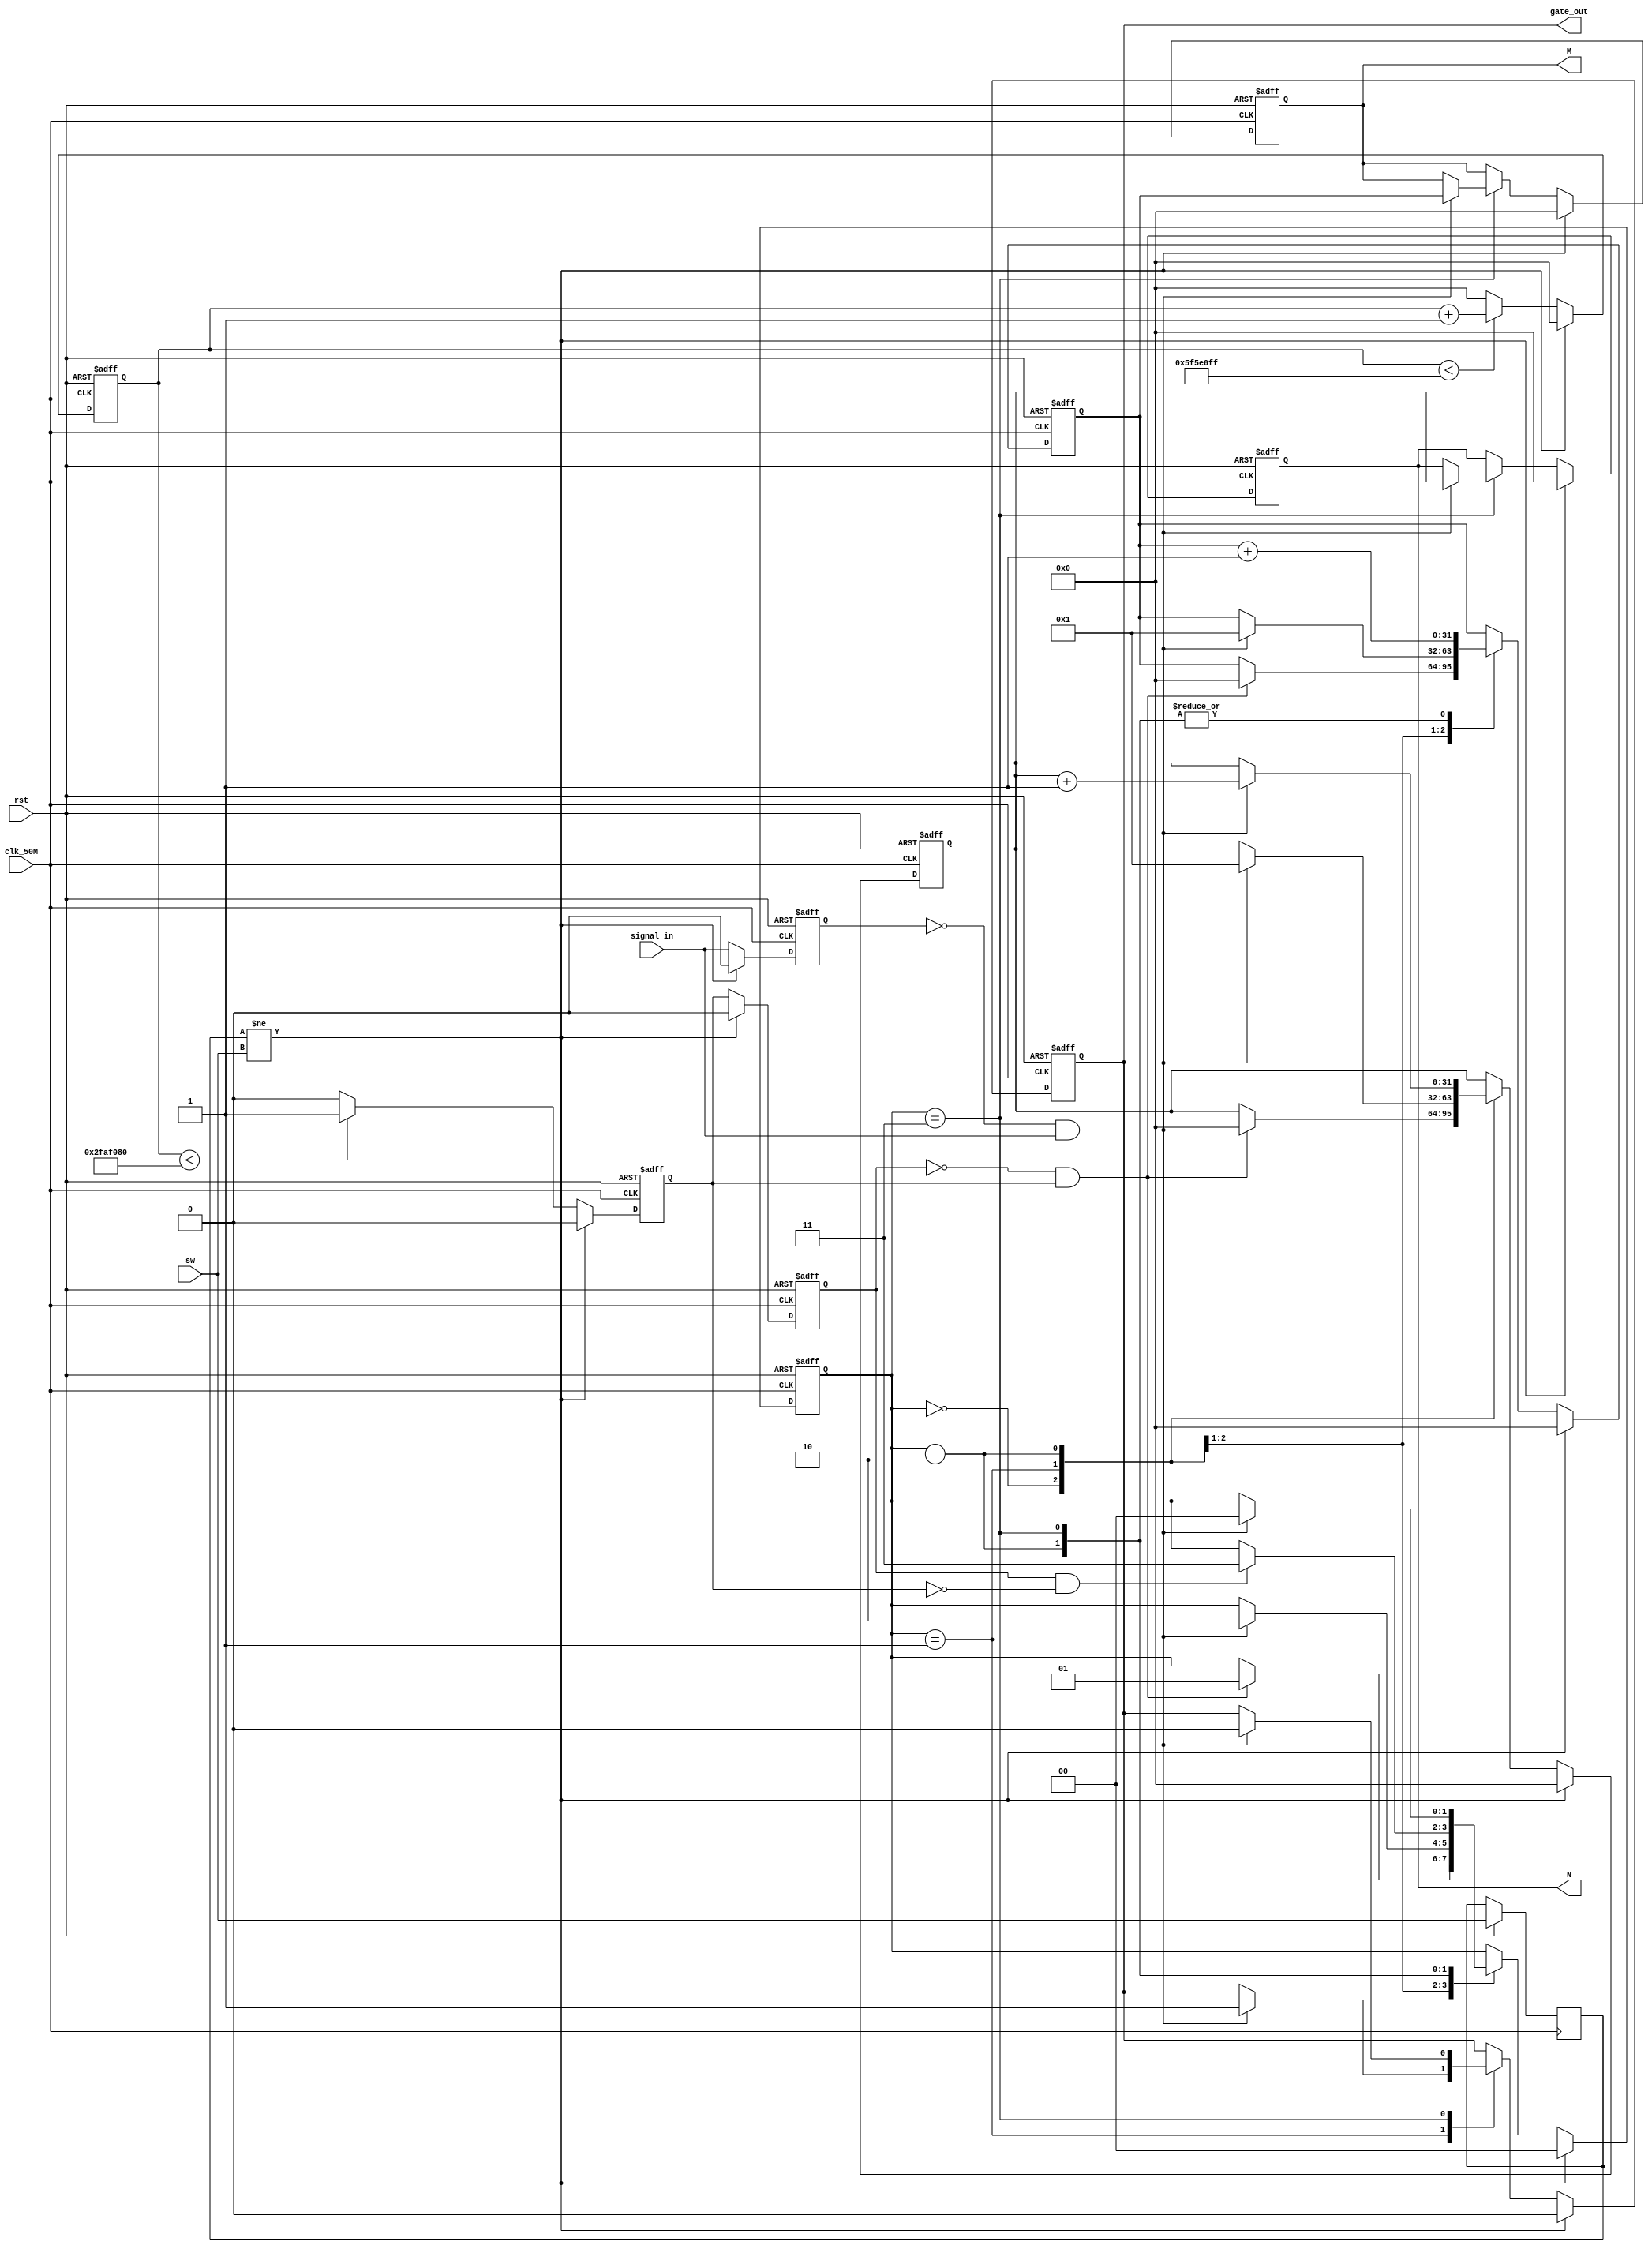
module Gate_module
(
	input clk_50M,
	input rst,
	input[7:0]sw,
	input signal_in,
	output[31:0]M,//
	output[31:0]N,//
	output gate_out
);

reg gate_out_reg;//
reg presetGate;//

reg[31:0]cnt;

reg[7:0]sw_reg;
reg presetGate_reg;
reg signal_in_reg;

reg[1:0]state;

reg[31:0]num_s;
reg[31:0]num_in;

reg[31:0]M_reg;
reg[31:0]N_reg;

assign M = M_reg;//M_out
assign N = N_reg;//N_out
assign gate_out = gate_out_reg;

always@(posedge clk_50M or negedge rst)//
begin
	if (!rst)
	begin
		cnt <= 0;
		state <= 0;
		presetGate <= 0;
		gate_out_reg <= 0;

		presetGate_reg <= 0;
		signal_in_reg <= 0;

		num_in <= 0;
		num_s <= 0;

		M_reg <= 0;
		N_reg <= 0;
	end
	else
	begin
		cnt <= (cnt < 50_000_000 * 2 - 1) ? (cnt + 1) : 0;//0.5Hz/2s
		presetGate <= (cnt < 50_000_000) ? 1 : 0;//50%

		sw_reg <= sw;
		presetGate_reg <= presetGate;
		signal_in_reg <= signal_in;

		if (sw_reg != sw)
		begin
			cnt <= 0;
			state <= 0;
			presetGate <= 0;
			gate_out_reg <= 0;

			presetGate_reg <= 0;
			signal_in_reg <= 0;

			num_in <= 0;
			num_s <= 0;

			M_reg <= 0;
			N_reg <= 0;
		end
		else
		begin
			case(state)
			0://
			begin
				if (presetGate_reg == 0 & presetGate == 1)
				begin
					num_s <= 0;
					num_in <= 0;

					state <= 1;
				end
			end
			1://
			begin
				if (signal_in_reg == 0 & signal_in == 1)
				begin
					num_s <= 1;
					num_in <= 1;

					gate_out_reg <= 1;
					state <= 2;
				end
			end
			2://
			begin
				num_s <= num_s + 1;//
				if (signal_in_reg == 0 & signal_in == 1)
				begin
					num_in <= num_in + 1;//
				end
				if (presetGate_reg == 1 & presetGate == 0)
				begin
					state <= 3;
				end
			end
			3://
			begin
				num_s <= num_s + 1;//
				if (signal_in_reg == 0 & signal_in == 1)
				begin
					M_reg <= num_s;
					N_reg <= num_in;

					gate_out_reg <= 0;
					state <= 0;
				end
			end
			default:
			begin
				state <= 0;
			end
			endcase
		end
	end
end

endmodule